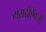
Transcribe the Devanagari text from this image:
मराठीऐवजी